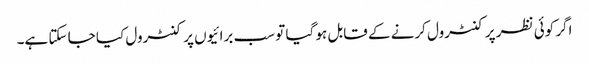
اگر کوئی نظر پر کنٹرول کرنے کے قابل ہو گیا تو سب برائیوں پر کنٹرول کیا جا سکتا ہے۔